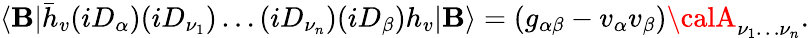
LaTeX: \langle\mathbf{B}|\bar{{h}}_{v}(iD_{\alpha})(iD_{\nu_{1}})\dots(iD_{\nu_{n}})(iD_{\beta})h_{v}|\mathbf{B}\rangle=(g_{\alpha\beta}-v_{\alpha}v_{\beta}){\calA}_{\nu_{1}\dots\nu_{n}}.